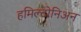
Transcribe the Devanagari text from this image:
हमिल्टोनिअन